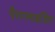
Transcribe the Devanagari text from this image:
पैराग्‍लाइडिंग